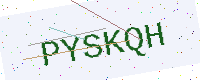
Text: PYSKQH